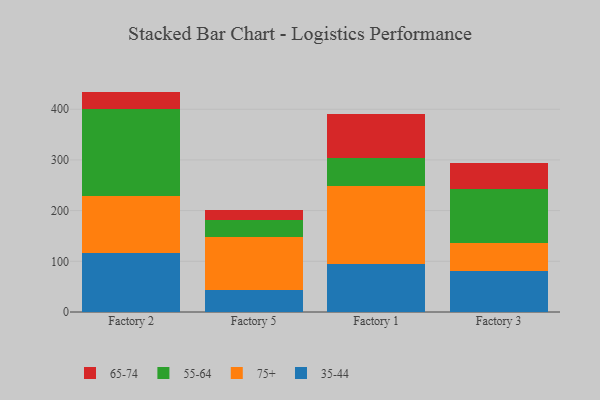
{"axis": {"x": "Factory", "y": "Satisfaction Score"}, "legend": ["35-44", "55-64", "65-74", "75+"], "data": [{"x": "Factory 2", "y": 115.5, "type": "35-44"}, {"x": "Factory 2", "y": 112.4, "type": "75+"}, {"x": "Factory 2", "y": 171.7, "type": "55-64"}, {"x": "Factory 2", "y": 35.2, "type": "65-74"}, {"x": "Factory 5", "y": 44.2, "type": "35-44"}, {"x": "Factory 5", "y": 104.5, "type": "75+"}, {"x": "Factory 5", "y": 33.1, "type": "55-64"}, {"x": "Factory 5", "y": 18.7, "type": "65-74"}, {"x": "Factory 1", "y": 94.5, "type": "35-44"}, {"x": "Factory 1", "y": 153.3, "type": "75+"}, {"x": "Factory 1", "y": 56.2, "type": "55-64"}, {"x": "Factory 1", "y": 86.2, "type": "65-74"}, {"x": "Factory 3", "y": 81.5, "type": "35-44"}, {"x": "Factory 3", "y": 55.6, "type": "75+"}, {"x": "Factory 3", "y": 106.3, "type": "55-64"}, {"x": "Factory 3", "y": 49.7, "type": "65-74"}]}